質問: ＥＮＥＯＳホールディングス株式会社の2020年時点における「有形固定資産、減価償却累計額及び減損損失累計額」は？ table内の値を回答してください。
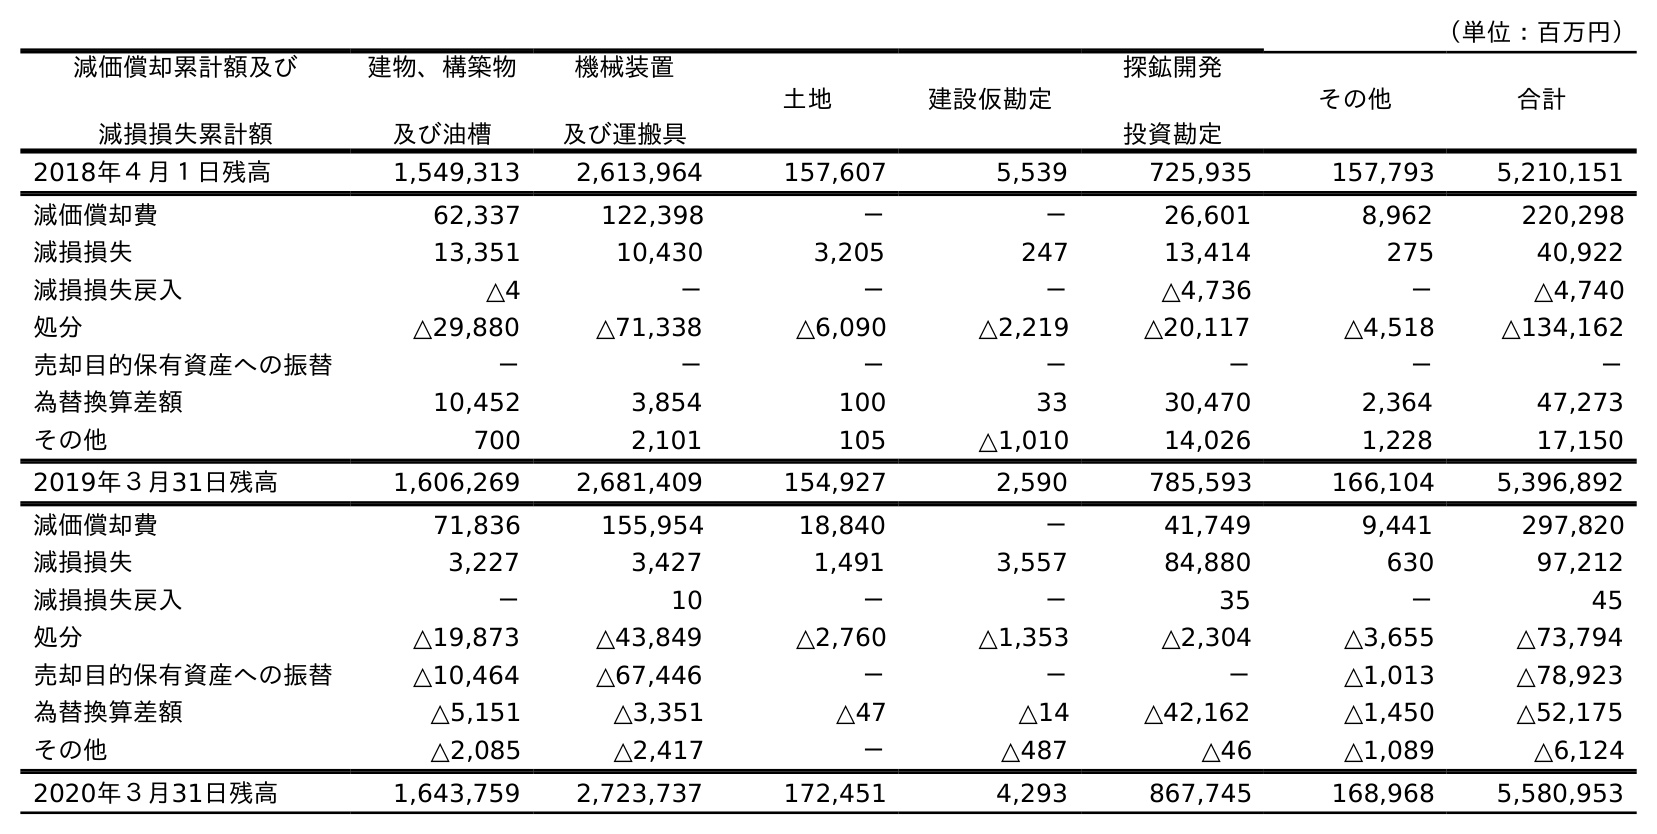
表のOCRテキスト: （単位：百万円） 減価償却累計額及び 減損損失累計額 建物、構築物 及び油槽 機械装置 及び運搬具 土地 建設仮勘定 探鉱開発 投資勘定 その他 合計 2018年４月１日残高 1,549,313 2,613,964 157,607 5,539 725,935 157,793 5,210,151 減価償却費 62,337 122,398 － － 26,601 8,962 220,298 減損損失 13,351 10,430 3,205 247 13,414 275 40,922 減損損失戻入 △4 － － － △4,736 － △4,740 処分 △29,880 △71,338 △6,090 △2,219 △20,117 △4,518 △134,162 売却目的保有資産への振替 － － － － － － － 為替換算差額 10,452 3,854 100 33 30,470 2,364 47,273 その他 700 2,101 105 △1,010 14,026 1,228 17,150 2019年３月31日残高 1,606,269 2,681,409 154,927 2,590 785,593 166,104 5,396,892 減価償却費 71,836 155,954 18,840 － 41,749 9,441 297,820 減損損失 3,227 3,427 1,491 3,557 84,880 630 97,212 減損損失戻入 － 10 － － 35 － 45 処分 △19,873 △43,849 △2,760 △1,353 △2,304 △3,655 △73,794 売却目的保有資産への振替 △10,464 △67,446 － － － △1,013 △78,923 為替換算差額 △5,151 △3,351 △47 △14 △42,162 △1,450 △52,175 その他 △2,085 △2,417 － △487 △46 △1,089 △6,124 2020年３月31日残高 1,643,759 2,723,737 172,451 4,293 867,745 168,968 5,580,953
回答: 5,580,953